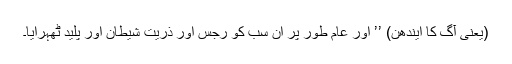
(یعنی آگ کا ایندھن) ’’ اور عام طور پر ان سب کو رجس اور ذریت شیطان اور پلید ٹھہرایا۔